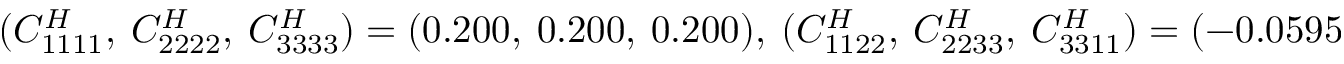
( C _ { 1 1 1 1 } ^ { H } , ~ C _ { 2 2 2 2 } ^ { H } , ~ C _ { 3 3 3 3 } ^ { H } ) = ( 0 . 2 0 0 , ~ 0 . 2 0 0 , ~ 0 . 2 0 0 ) , ~ ( C _ { 1 1 2 2 } ^ { H } , ~ C _ { 2 2 3 3 } ^ { H } , ~ C _ { 3 3 1 1 } ^ { H } ) = ( - 0 . 0 5 9 5 , ~ - 0 . 0 5 9 2 , ~ - 0 . 0 5 7 9 )